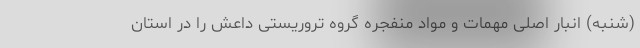
(شنبه) انبار اصلی مهمات و مواد منفجره گروه تروریستی داعش را در استان